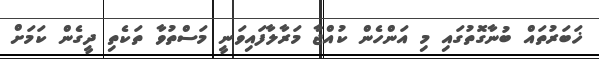
ޚަބަރުތައް ބުނާގޮތުގައި މި އަންހެން ކުއްޖާ މަރާލާފައިވަނީ މަސްތުވާ ތަކެތި ދީގެން ކަމަށް